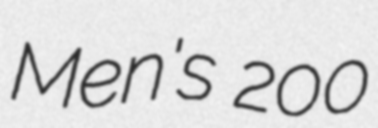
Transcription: Men's 200